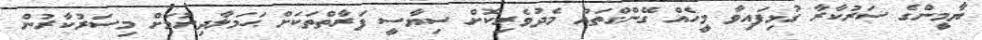
ޔާމީންގެ ސަރުކާރާ ގުޅިފައިވާ މީހެއް ގޭންގްތައް މެދުވެރިކޮށް ސިޔާސީ ފަރާތްތަކަށް ޙަމަލާދިނުމަށް މިސަރުކާރުން